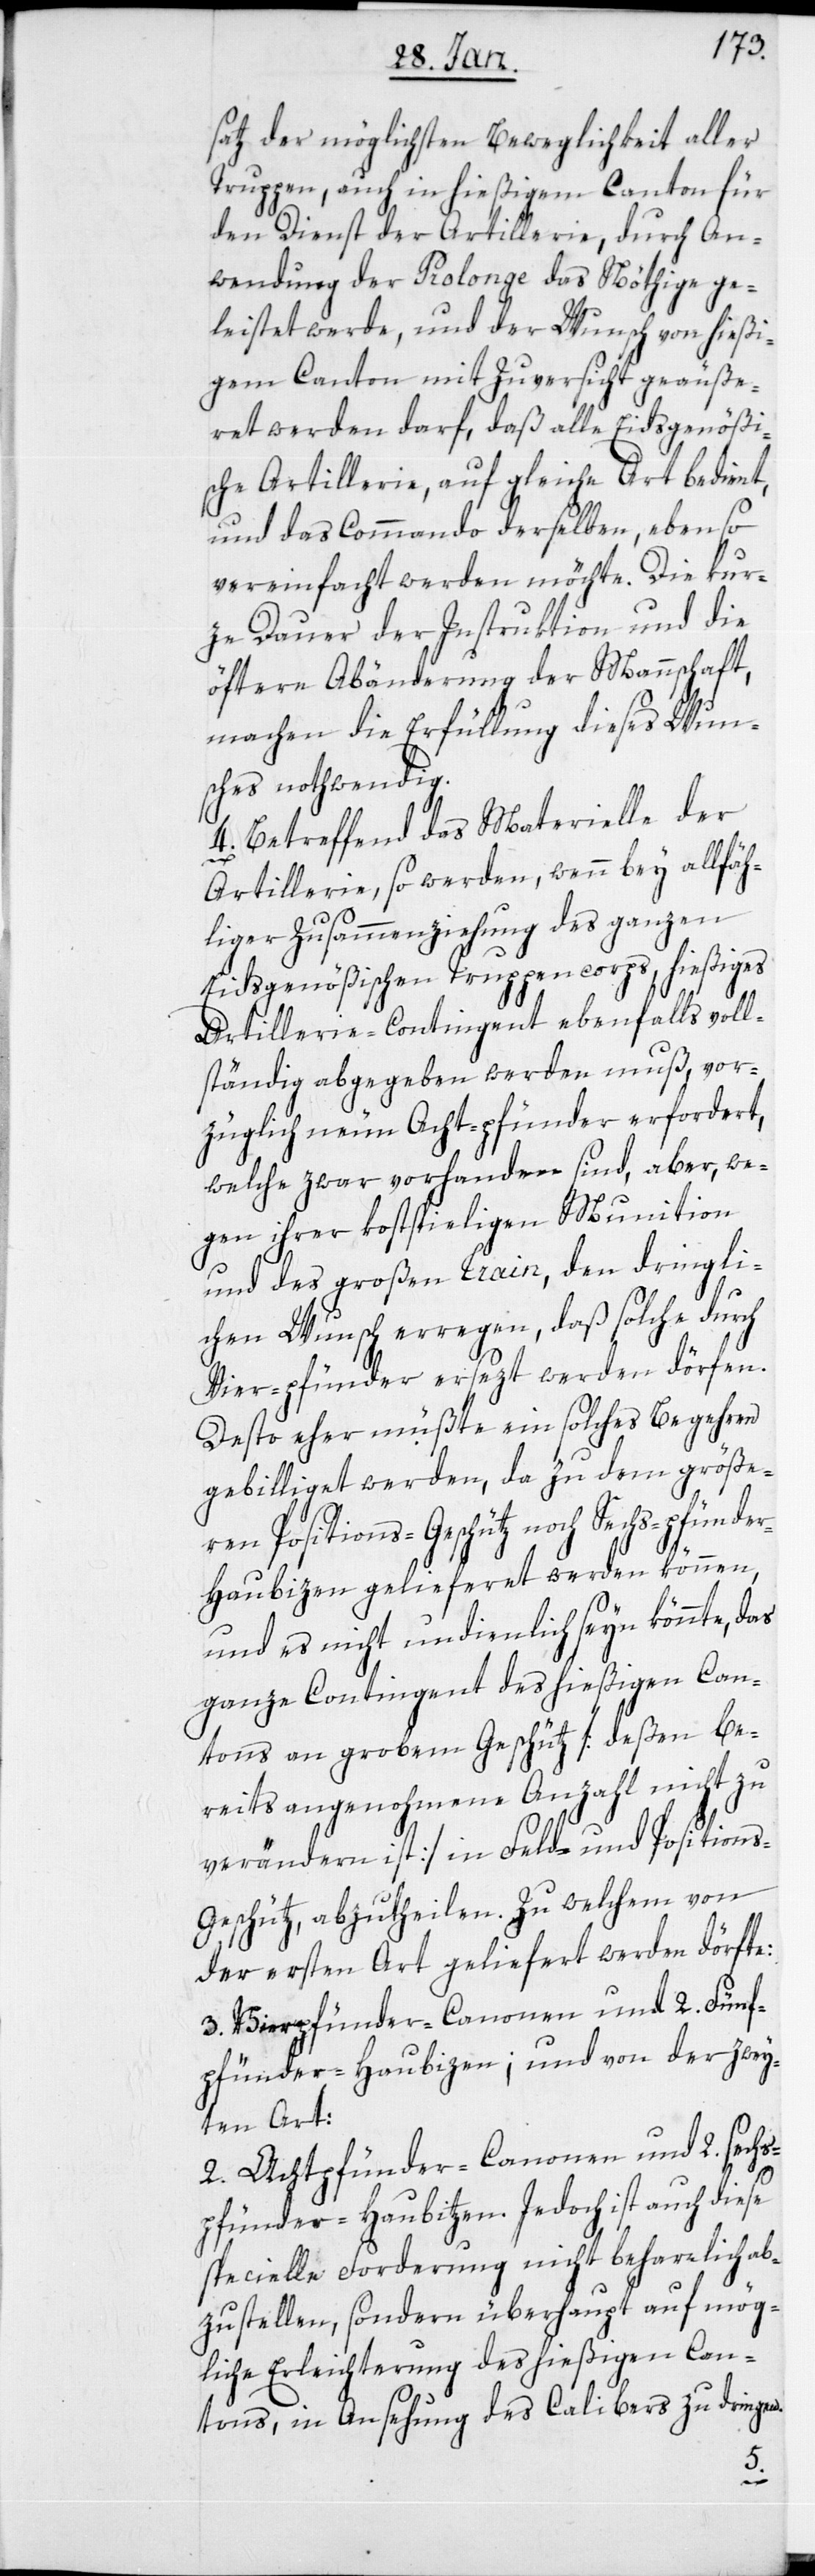
satz der möglichsten Beweglichkeit aller
Truppen, auch in hießigem Canton für
den Dienst der Artillerie, durch An¬
wendung der Prolonge das Nöthige ge¬
leistet werde, und der Wunsch von hießi¬
gem Canton mit Zuversicht geäuße¬
ret werden darf, daß alle Eidsgenößi¬
sche Artillerie, auf gleiche Art bedient,
und das Commando derselben, ebenso
vereinfacht werden möchte. Die kur¬
ze Dauer der Instruktion und die
öftere Abänderung der Mannschaft,
machen die Erfüllung dieses Wun¬
sches nothwendig.
4. Betreffend das Materielle der
Artillerie, so werden, wenn bey allfäh¬
liger Zusammenziehung des ganzen
Eidsgenößischen Trupencorps, hießiges
Artillerie-Contingent ebenfalls voll¬
ständig abgegeben werden muß, vor¬
züglich neun Acht-pfünder erfordert,
welche zwar vorhanden sind, aber, we¬
gen ihrer kostspieligen Munition
und des großen Train, den dringli¬
chen Wunsch erregen, daß solche durch
Vier-pfünder ersezt werden dörfen.
Desto eher müßte ein solches Begehren
gebilligt werden, da zu dem größe¬
ren Positions-Geschütz noch Sechs-pfünde¬
r-Haubizen gelieferet werden können,
und es nicht undienlich seyn könnte, das
ganze Contingent des hießigen Can¬
tons an grobem Geschütz [deßen be¬
reits angenohmene Anzahl nicht zu
verändern ist] in Feld- und Positions-G¬
eschütz, abzutheilen. Zu welchem von
der ersten Art geliefert werden dörfte:
3. Vierpfünder-Canonen und 2. Fünf¬
pfünder-Haubizen; und von der zwey¬
ten Art:
2. Achtpfünder-Canonen und 2. sechs¬
pfünder-Haubitzen. Jedoch ist auch diese
specielle Forderung nicht beharrlich ab¬
zustellen, sondern überhaupt auf mög¬
liche Erleichterung des hießigen Can¬
tons, in Ansehung des Calibers zu dringen.